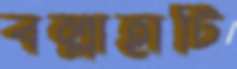
বল্লাহাটি